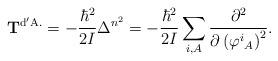
LaTeX: \begin{align*}{\mathbf T}^{\rm d'A.}= -\frac{\hbar^{2}}{2I}\Delta^{n^{2}}=-\frac{\hbar^{2}}{2I}\sum_{i,A}\frac{\partial^{2}}{\partial \left(\varphi^{i}{}_{A}\right)^{2}}.\end{align*}